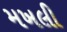
મખલી